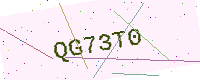
Text: QG73T0